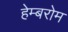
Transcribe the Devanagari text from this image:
हेम्बरोम